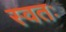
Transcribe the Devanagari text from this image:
स्वतः